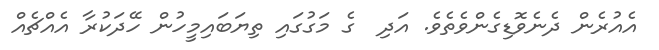
އެއުރެން ދެނެވޮޑިގެންވެތެވެ. އަދި  ގެ މަގުގައި ތިޔަބައިމީހުން ހޭދަކުރާ އެއްޗެއް